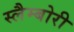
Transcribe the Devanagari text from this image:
स्लैम्बोरी